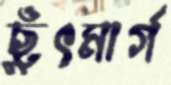
ছুঁৎমার্গ